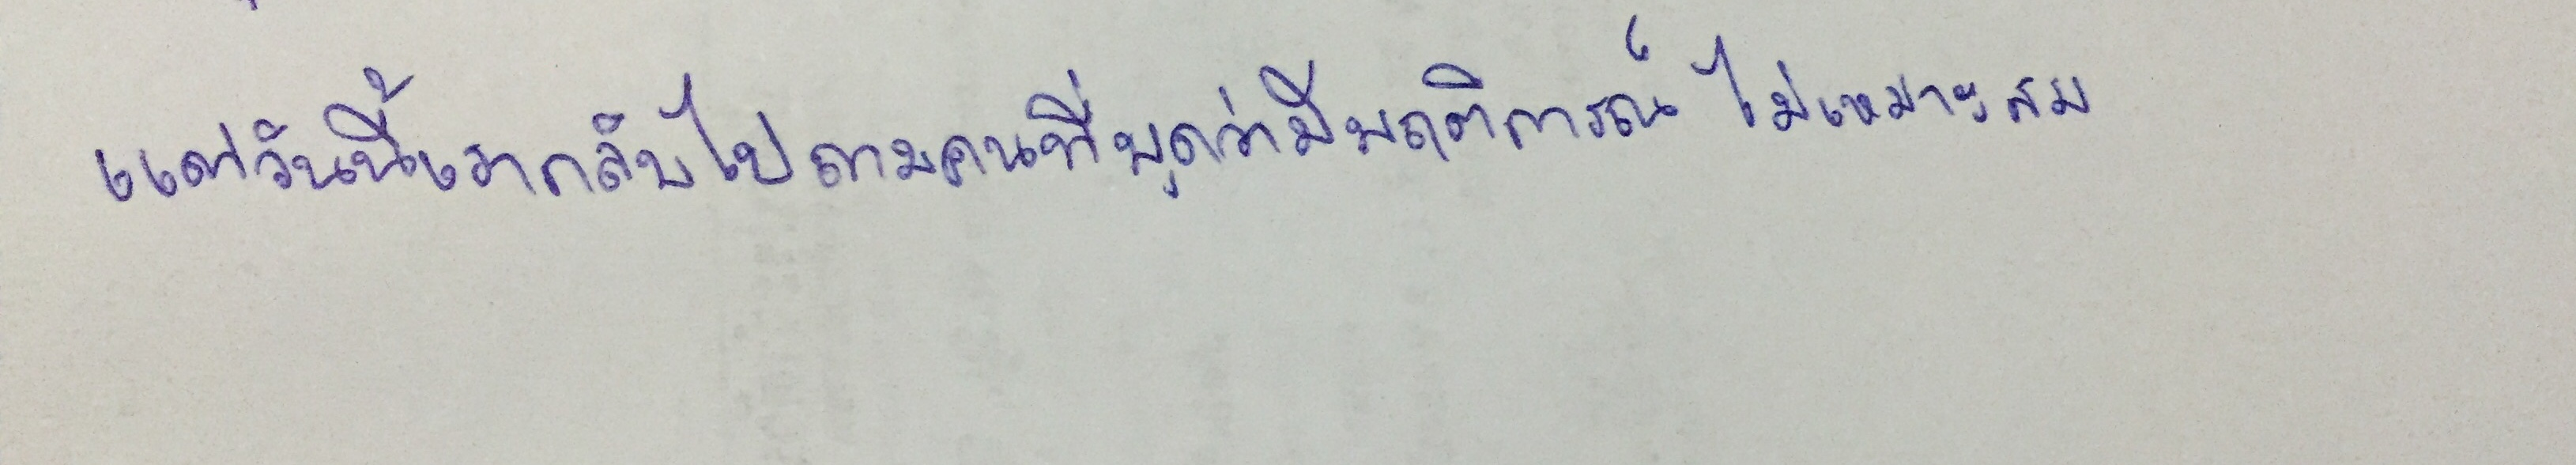
แต่วันนี้เรากลับไปถามคนที่พูดว่ามีพฤติการณ์ไม่เหมาะสม